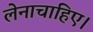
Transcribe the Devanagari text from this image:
लेनाचाहिए।